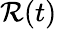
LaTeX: \mathcal{R}(t)